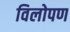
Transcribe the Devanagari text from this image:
विलोपण